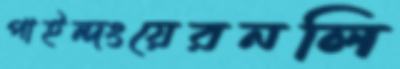
পাইন্দংয়েরনলি